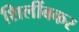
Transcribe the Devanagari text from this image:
शिलींबकर